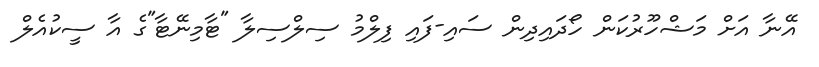
އޭނާ އަށް މަޝްހޫރުކަން ހޯދައިދިން ސައި-ފައި ފިލްމު ސިލްސިލާ "ޓާމިނޭޓާ"ގެ އާ ސީކުއެލް